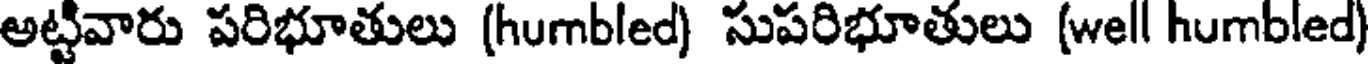
అట్టివారు పరిభూతులు (humbled) సుపరిభూతులు (well humbled)